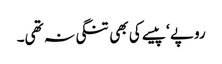
روپے ‘ پیسے کی بھی تنگی نہ تھی۔